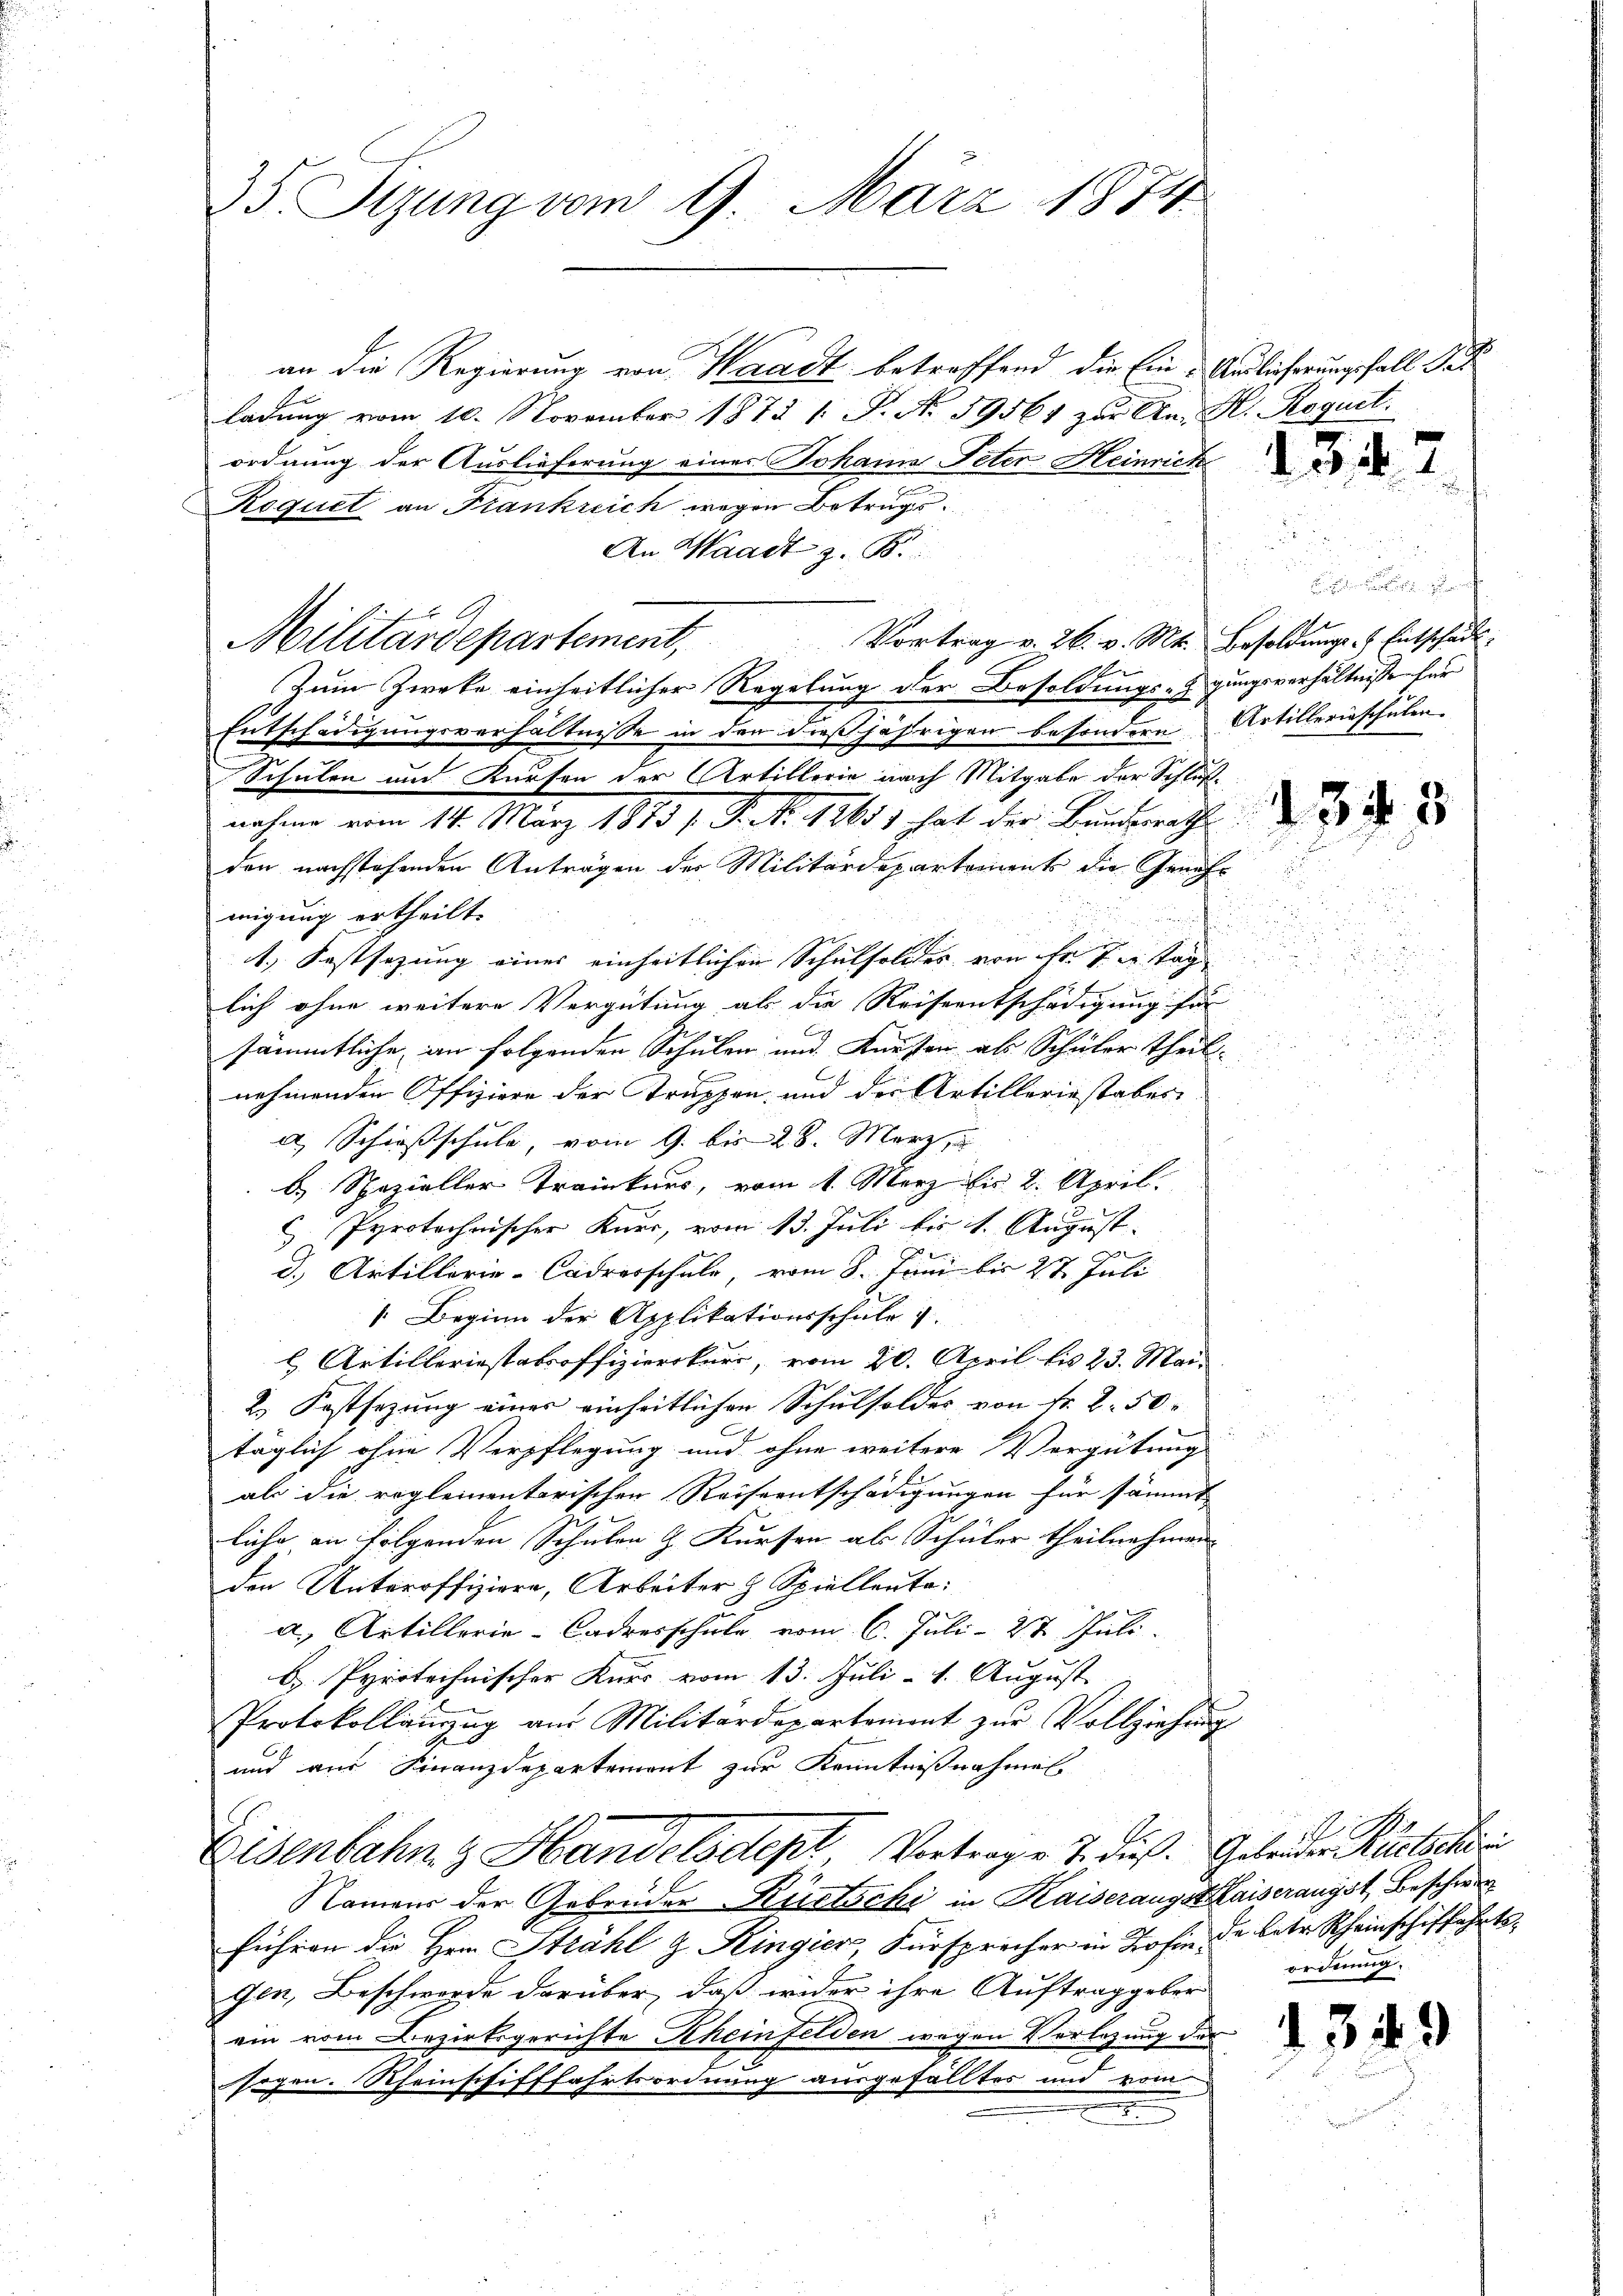
35. Sizung vom 9. März 1874.

an die Regierung von Waadt betreffend die Ein-Andlicherungsfall Pet
ladung vom 10. November 1873 1 S. Nr. 39561 zur An H. Roguit.
ordnung der Auslieferung eines Johama Peter Heinrich
Roquet an Frankreich wegen Betrugs¬
An Waadt z. B.
Vortrag v. 26. v. Mt. Besoldungs- & Entschädt.
Militärdepartement,
Zum Zwecke einheitlicher Regelung der Besoldungs-Ggungsverhältniße für
Entschädigungsverhältnisse in der dießjährigen besondern Artillerinschulen.
Schulen und Kursen der Artillerie nach Mitgabe der Schlußnahme vom 14. März 1883 s. S. Nr. 11611 hat der Bunderrath
den nachstehenden Anträgen der Militärdepartement die Genehmigung ertheilt.
1. Festsezung eines einheitlichen Schulfeldes von er zu Tag
lich ohne weitere Vergütung als die Reiseentschädigung für
sämmtliche an folgenden Schulen und Knesen als Schüler theil.
nehmenden Offiziere der truppen und der Artilleriestabes
a) Schießschule, vom 9. bis 28. März, u
b Spezieller Traikars, vom 1. März bis 2. April.
C Pyrotechnischer Kurs, vom 13. Juli bis 1. August.
F
d. Artillerie-Cadresschule, vom 8. Juni bis 27 Juli
1. Beginn der Applikationsschule
l. Artilleriestabsoffizierskuri, vom 20. April bis 23. Mai
2. Festsezung einer einheitlichen Schulsoldes von Fr. 2. 50.
täglich ohne Verpflegung und ohne weitere Vergütung
als die reglementarischen Reiseentschädigungen für sämmt
liche an folgenden Schulen z. Kursen als Schüler theilnehmen
den Unteroffiziere, Arbeiter & Spielleute:
a, Artillerie-Cadresschule vom 6. Juli 27 Juli.
b. Pyrotechnischer Kurs vom 13. Juli - 1. August. |
Protokollauszug am Militärdepartement zur Vollziehung
und aus Finanzdepartemont zur Kenntnißnahmen
Eisenbahn z Handelsdept, Vortragen 7. dieß. Geleiden Rusteher
Namens der Gebrüder Rietschi in Kaiserangstaiserangst beschwer
führen die Herrn Strahl & Ringier, Fürsprecher in Zofin, de betr. Rheinschiffahrtsgen, Beschwerde darüber, daß weder ihre Auftraggeber
ein vom Bezirksgerichte Rheinfelden wegen Verlegung der
e
sogen. Rheinschifffahrtsordnung ausgefälltes und vom
e

1347

u
.

.

ording,

1349